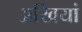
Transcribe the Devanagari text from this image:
अखियां